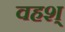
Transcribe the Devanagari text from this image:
वहश्